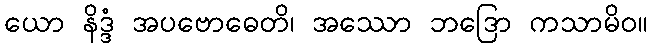
ယော နိဒ္ဒံ အပဗောဓေတိ၊ အဿော ဘဒြော ကသာမိဝ။